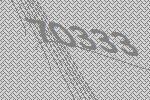
70333